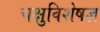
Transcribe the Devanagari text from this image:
चक्षुविशेषज्ञ